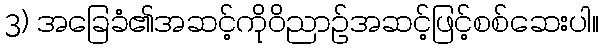
3) အခြေခံ၏အဆင့်ကိုဝိညာဉ်အဆင့်ဖြင့်စစ်ဆေးပါ။